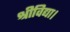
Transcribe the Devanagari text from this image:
श्रीविद्या।